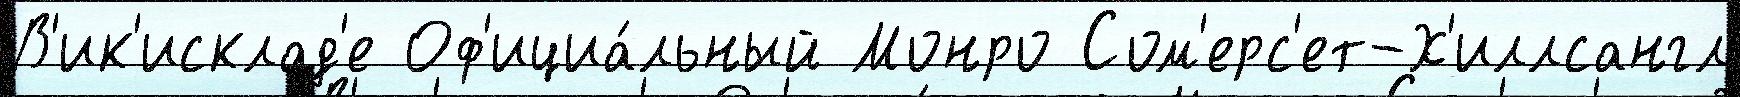
В'ик'исклад'е Оф'ициа́льный Монро Сом'ерс'ет-Х'иллсангл